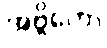
အဗ္ဘိတော